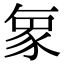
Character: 𮙝